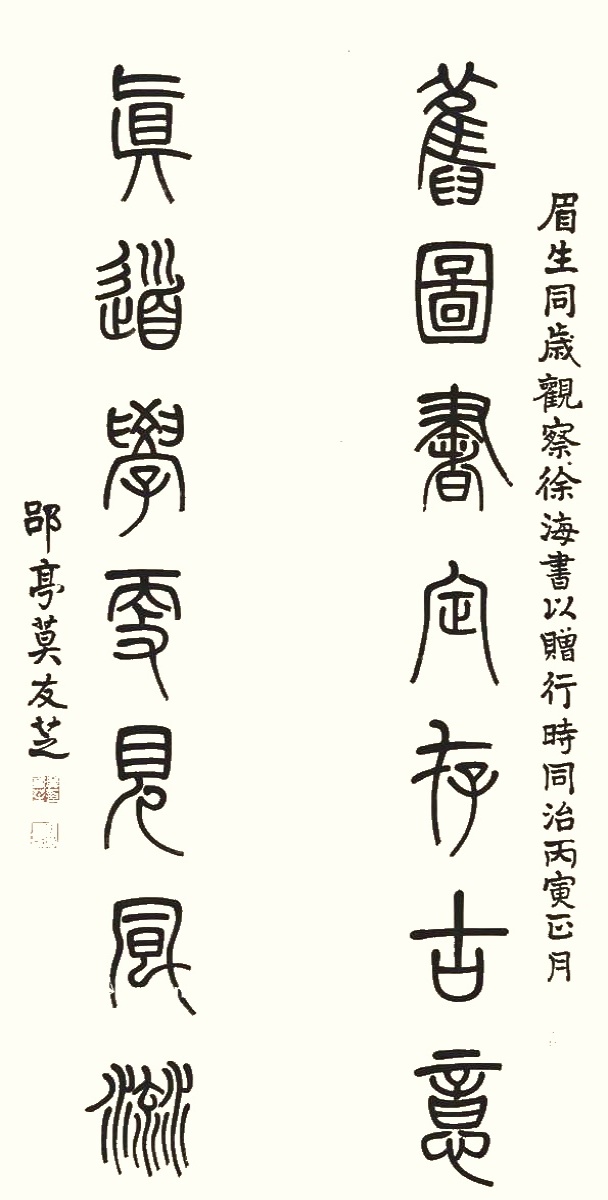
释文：旧图书定存古意，真道学更见风流。眉生同岁观察徐海，书以赠行。时同治丙寅正月，郘亭莫友芝。